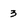
Character: 3